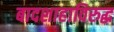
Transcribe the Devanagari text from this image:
बादशाहाविरुद्ध